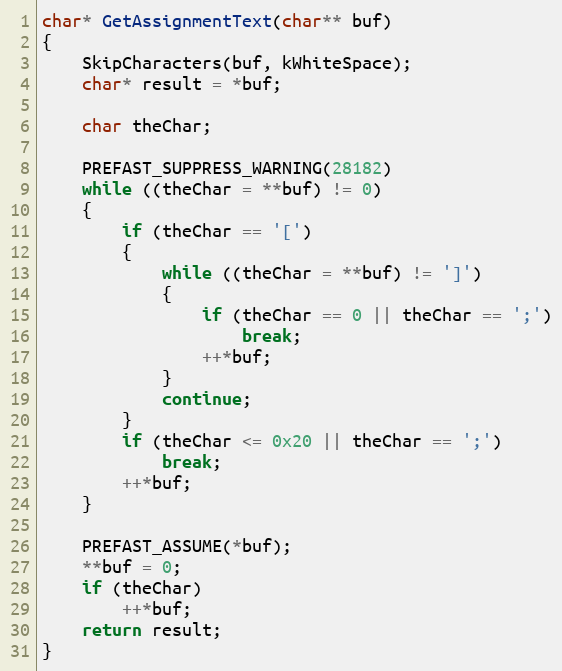
Language: C++
char* GetAssignmentText(char** buf)
{
	SkipCharacters(buf, kWhiteSpace);
	char* result = *buf;

	char theChar;

	PREFAST_SUPPRESS_WARNING(28182)
	while ((theChar = **buf) != 0)
	{
		if (theChar == '[')
		{
			while ((theChar = **buf) != ']')
			{
				if (theChar == 0 || theChar == ';')
					break;
				++*buf;
			}
			continue;
		}
		if (theChar <= 0x20 || theChar == ';')
			break;
		++*buf;
	}

	PREFAST_ASSUME(*buf);
	**buf = 0;
	if (theChar)
		++*buf;
	return result;
}